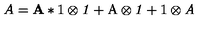
A = \mathbf { A } * \mathrm { 1 } \otimes \mathit { 1 } + \mathrm { A } \otimes \mathit { 1 } + \mathrm { 1 } \otimes \mathit { A }